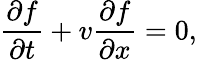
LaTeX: \frac{\partial f}{\partial t}+v\frac{\partial f}{\partial x}=0,